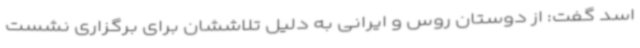
اسد گفت: از دوستان روس و ایرانی به دلیل تلاششان برای برگزاری نشست